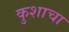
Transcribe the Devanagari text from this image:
कुशाचा